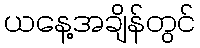
ယနေ့အချိန်တွင်